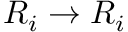
R _ { i } \to R _ { i }